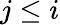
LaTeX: j\leq i